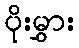
ပိုးမွှား